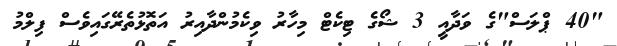
"40 ޕްލަސް"ގެ ވަދާއީ 3 ޝޯގެ ޓިކެޓް މިހާރު ވިކެމުންދާއިރު އަތޮޅުތެރޭގައިވެސް ފިލްމު